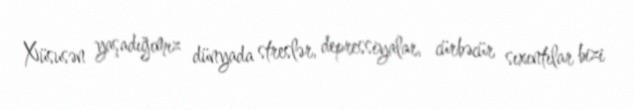
Xüsusən yaşadığımız dünyada streslər, depressiyalar, cürbəcür sıxıntılar bizi